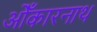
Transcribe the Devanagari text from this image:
ओँकारनाथ